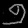
Digit: ၅